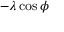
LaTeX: - \lambda \cos \phi